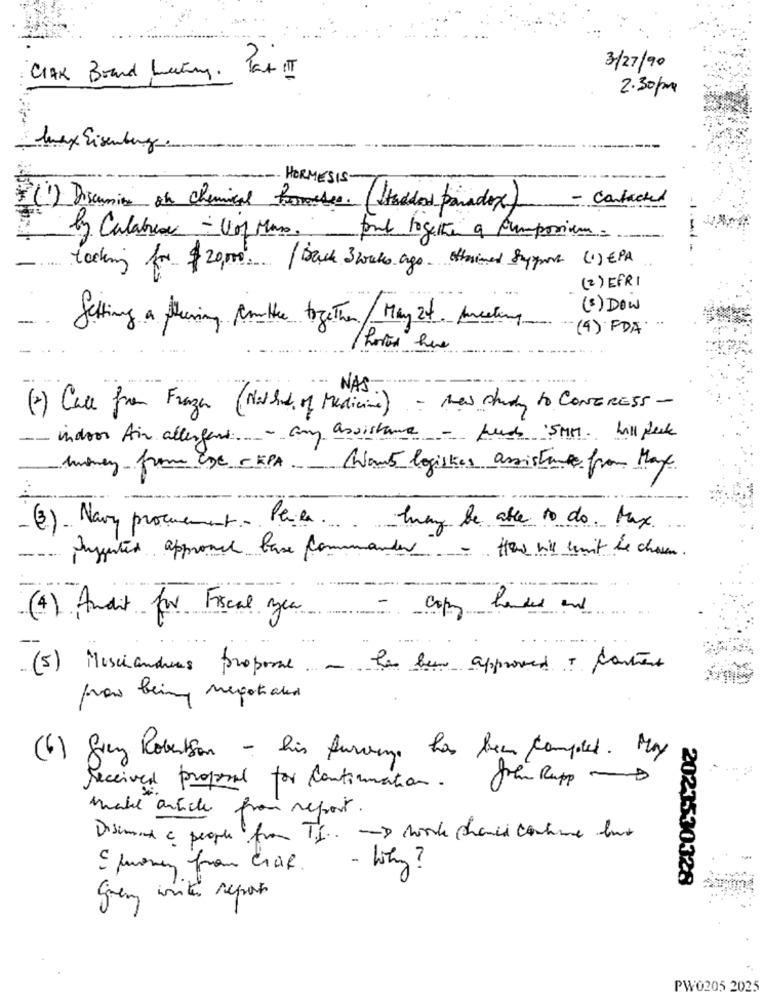
3/27/90
CIAK Brand Leting . Pat IT
2.30 pm
Max Eisenberg.
-
-- HERMESIS
- contacted
(1) Discumin on chemical formedes. (tados paradox)
by Calabrese - Vor Mano, fond logette a pumporium.
looking for $ 20,00. | Back 3 weks ago. otherined Support (1) EPA
(2) EFRI
( 3 ) Dow
Setting a fleeing cute together/ May zt. Areel
(4) FDA
hoved here
-NAS .
(2) Call from Fragen (Method of Medicine) - the study to CONGRESS -
-- indoor Air allergant - any assistance - puedo 'SMM. hill place
lunney from De - KPA Want logistes assistance from Max
(3) Navy procurement- Phila. they be able to do. Max
Anygutes approach base commander - How vill umit be choun.
copy handed and.
(4) Andit for Fiscal year
Les been approved ? content
(5) Mosciandres propose ...
praw being negotiated
(6) Grey Robertson - his Surveys has been complet. Muy
Received proposal for continuation. She Rupp -
make article from report
Diseminde e people for T.j .. - More chance contre leur
E quemen from Craf.
2023530328
grenz inte repos
PW0205 2025